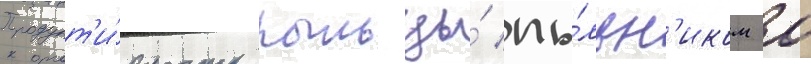
Продукт'и́вность пыльцы́ пы́льн'иком 0